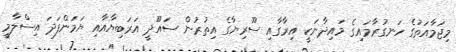
މިޖަމާއަތުގެ ހަނގުރާމައިގެ މައިދާނަކީ އިރާގާއި ސޫރިޔާގެ އިތުރުން ސައޫދީ އަރަބިޔާއާއި ޔަމަންފަދަ އިސްލާމީ